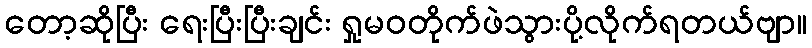
တော့ဆိုပြီး ရေးပြီးပြီးချင်း ရှုမဝတိုက်ဖဲသွားပို့လိုက်ရတယ်ဗျာ။